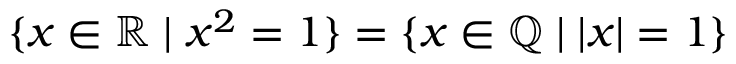
\{ x \in \mathbb { R } \mid x ^ { 2 } = 1 \} = \{ x \in \mathbb { Q } \mid | x | = 1 \}